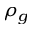
\rho _ { g }